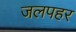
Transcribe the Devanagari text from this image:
जलपहर